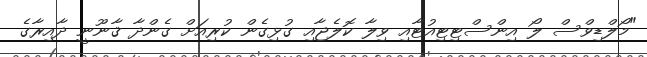
"މޯލްޑިވްސް ލޯ އިންސްޓިޓިއުޓާއި ވިލާ ކޮލެޖާއި ގުޅިގެން ކުރިއަށް ގެންދާ ޤާނޫނީ ދާއިރާގެ